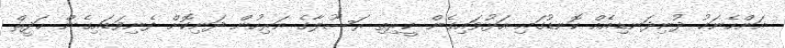
އަންހެނަކު ދުނިދަނޑިއެއް ކޮނޑުގައި އަޅުވައިގެން ކީރިތި ރަސޫލާގެ އަރިހުން ދަނިކޮށް ފެނިވަޑައިގެން ޙަދީޘް